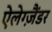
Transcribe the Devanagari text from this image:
ऐलेग्ज़ैंडर